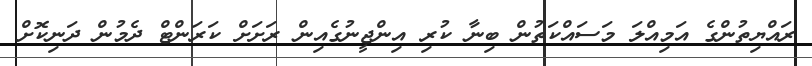
ރައްޔިތުންގެ އަމިއްލަ މަސައްކަތުން ބިނާ ކުރި އިންޖީނުގެއިން ރަށަށް ކަރަންޓް ދެމުން ދަނިކޮށް